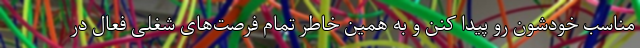
مناسب خودشون رو پیدا کنن و به همین خاطر تمام فرصت‌های شغلی فعال در